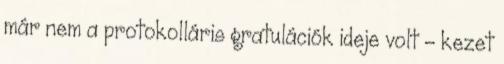
már nem a protokolláris gratulációk ideje volt - kezet